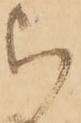
被